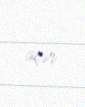
açır.